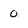
Character: 0